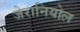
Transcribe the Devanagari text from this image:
जेरानियोल